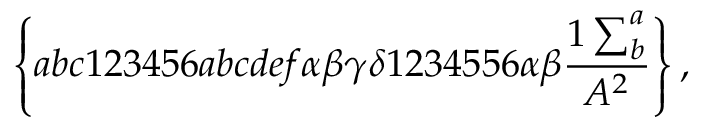
\left\{ a b c 1 2 3 4 5 6 a b c d e f \alpha \beta \gamma \delta 1 2 3 4 5 5 6 \alpha \beta \frac { 1 \sum _ { b } ^ { a } } { A ^ { 2 } } \right\} ,